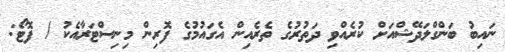
ނައިބު ބަންގްލަދޭޝްއަށް ކުރެއްވި ދަތުރުގެ ތެރެއިން އެގައުމުގެ ފޮރިން މިނިސްޓަރާއެކު / ފޮޓޯ: